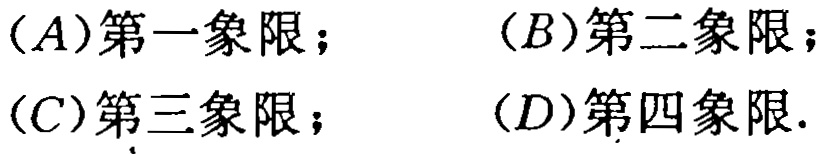
(A)第一象限；(B)第二象限；(C)第三象限；(D)第四象限.